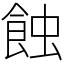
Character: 蝕